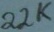
Text: 22K